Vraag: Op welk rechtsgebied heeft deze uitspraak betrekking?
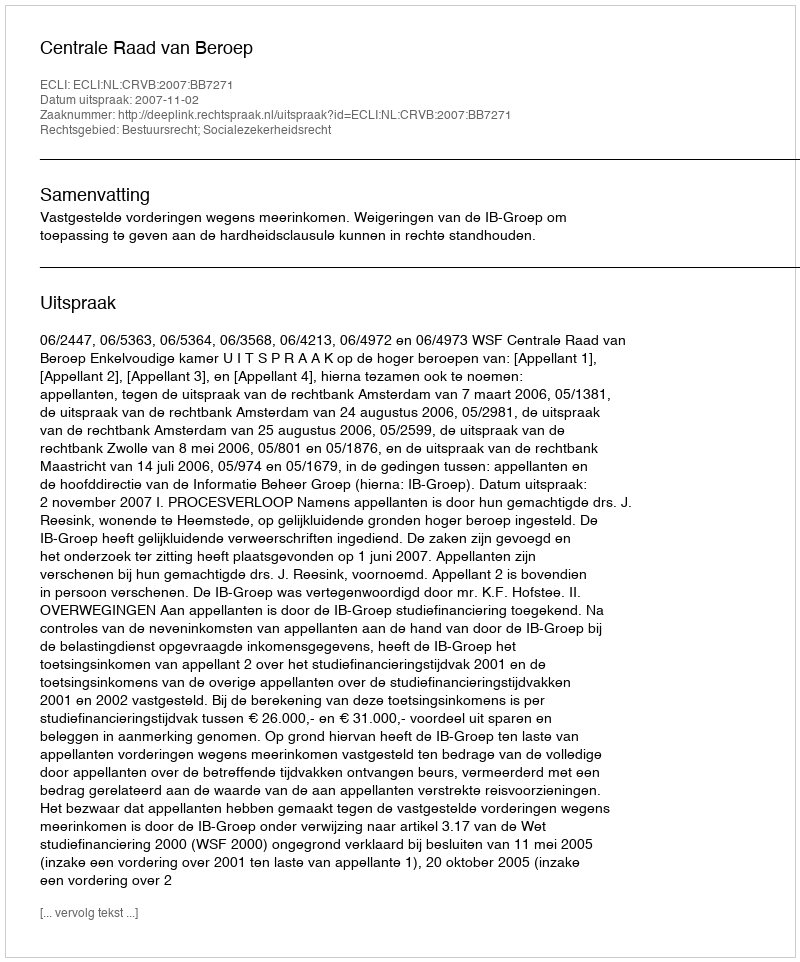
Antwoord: Bestuursrecht; Socialezekerheidsrecht